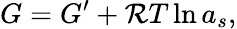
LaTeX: G=G^{\prime}+{\cal R}T\ln{a_{s}},